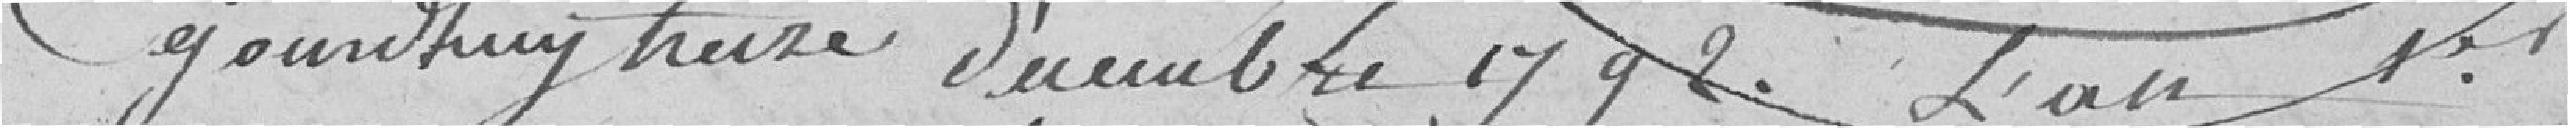
Ce jourd'huy treize décembre 1792 l'an 1er